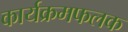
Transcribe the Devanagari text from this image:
कार्यक्रमफलक